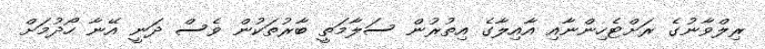
ރިލްވާނުގެ ރަށްޓެހިންނާއި އާއިލާގެ އިތުރުން ސަލާމަތީ ބާރުތަކުން ވެސް ދަނީ އޭނާ ހޯދުމަށް